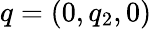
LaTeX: q=(0,q_{2},0)